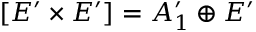
[ E ^ { \prime } \times E ^ { \prime } ] = A _ { 1 } ^ { \prime } \oplus E ^ { \prime }